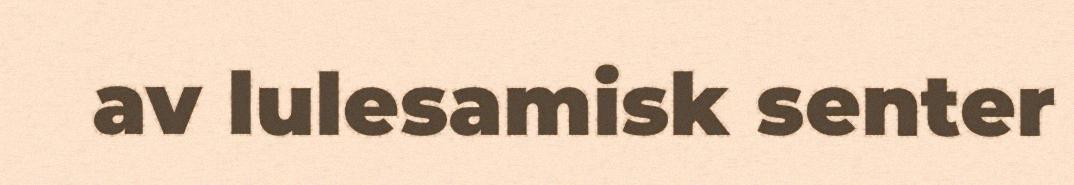
av lulesamisk senter